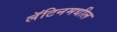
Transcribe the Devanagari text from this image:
लॅटिनमधील